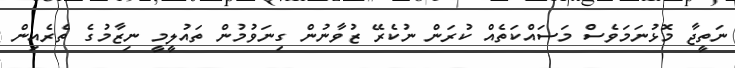
ނަތީޖާ މޮޅުނަމަވެސް މަސައްކަތެއް ކުރަން ނުކެރޭ ޒުވާނުން ގިނަވުމުން ތައުލީމީ ނިޒާމުގެ ތެރެއިން